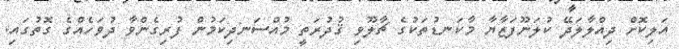
އަލިކޮށް ދިއްލާލަދޭ ކުލަނޫފަޒާޔާ މާކަނޑުތަކުގެ ޗާލޫވި ޤުދުރަތީ މުއްސަނދިކަމުން ފުރިގެންވާ ދުވަހެއްގެ ގޮތުގައި.